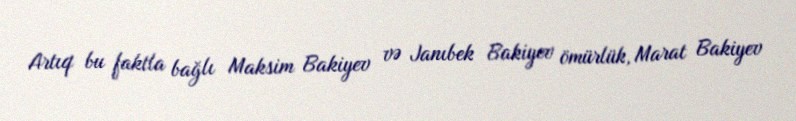
Artıq bu faktla bağlı Maksim Bakiyev və Janıbek Bakiyev ömürlük, Marat Bakiyev